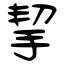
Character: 挈